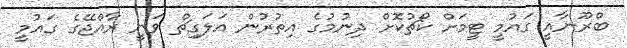
ބްރޫނާއީ ގައުމީ ޓީމަށް ކޯޗުކޮށް ދިނުމުގެ އިތުރުން އަލަގިޗް ވަނީ ރާއްޖޭގެ ގައުމީ